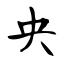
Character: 央